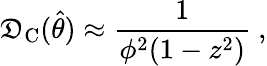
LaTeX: \mathfrak{D}_{\mathrm{{C}}}(\hat{{\theta}})\approx\frac{{1}}{{\phi^{2}(1-z^{2})}}\ ,